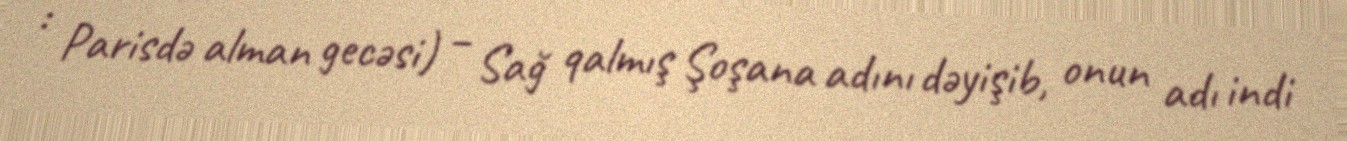
: Parisdə alman gecəsi) – Sağ qalmış Şoşana adını dəyişib, onun adı indi